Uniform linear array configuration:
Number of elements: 4
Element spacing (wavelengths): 1
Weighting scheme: kaiser
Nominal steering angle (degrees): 30
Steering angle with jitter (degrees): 29.592
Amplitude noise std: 0.05
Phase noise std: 0.05

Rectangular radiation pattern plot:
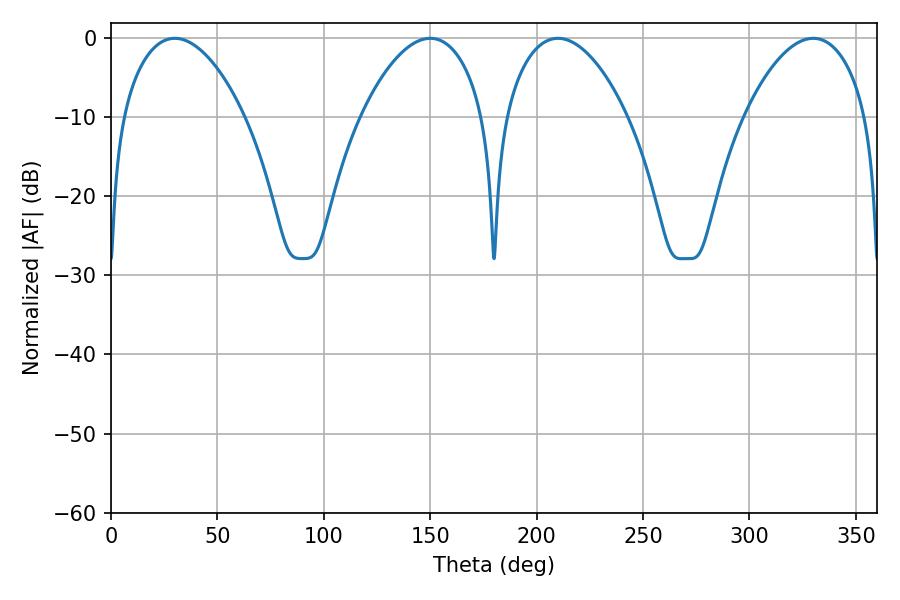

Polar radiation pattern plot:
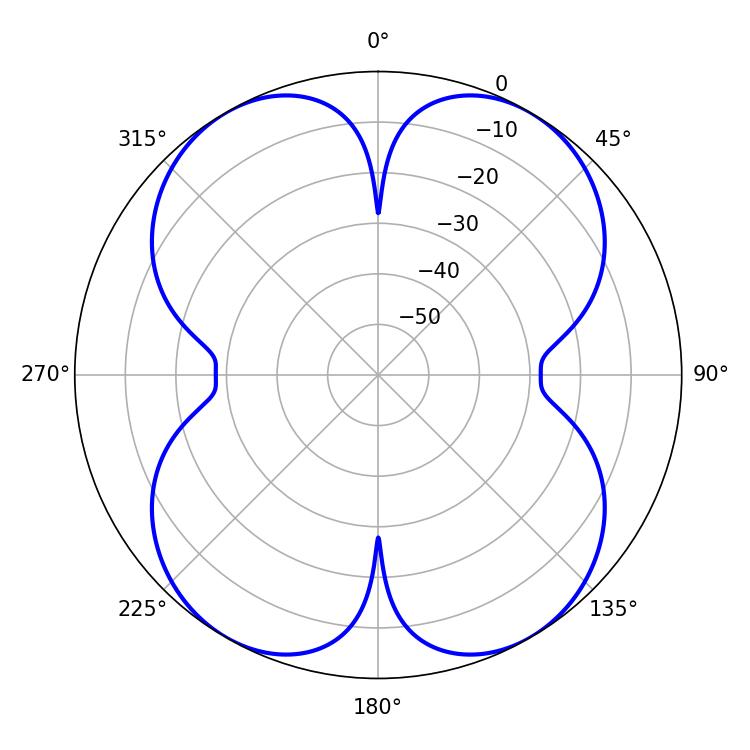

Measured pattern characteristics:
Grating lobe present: TRUE
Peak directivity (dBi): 33.317
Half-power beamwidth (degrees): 32.22
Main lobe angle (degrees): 210.06